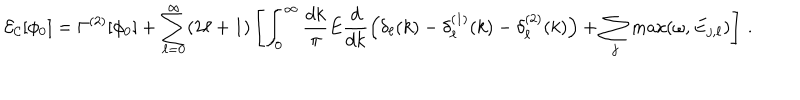
{ \cal E _ { C } } [ \phi _ { 0 } ] = \Gamma ^ { ( 2 ) } [ \phi _ { 0 } ] + \sum _ { \ell = 0 } ^ { \infty } ( 2 \ell + 1 ) \left[ \int _ { 0 } ^ { \infty } \frac { d k } { \pi } E \frac { d } { d k } \left( \delta _ { \ell } ( k ) - \delta _ { \ell } ^ { ( 1 ) } ( k ) - \delta _ { \ell } ^ { ( 2 ) } ( k ) \right) + \sum _ { j } \mathrm { m a x } ( \omega , E _ { j , \ell } ) \right] \, .